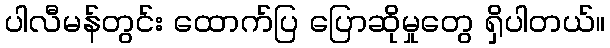
ပါလီမန်တွင်း ထောက်ပြ ပြောဆိုမှုတွေ ရှိပါတယ်။